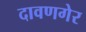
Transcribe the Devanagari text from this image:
दावणगेर